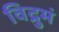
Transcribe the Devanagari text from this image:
विद्रुमं